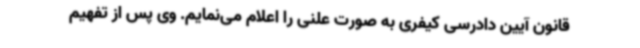
قانون آیین دادرسی کیفری به صورت علنی را اعلام می‌نمایم. وی پس از تفهیم